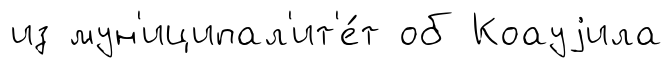
из мун'иципал'ит'е́т об Коауjила